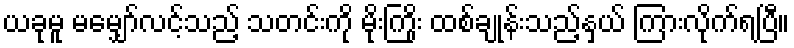
ယခုမူ မမျှော်လင့်သည့် သတင်းကို မိုးကြိုး ထစ်ချုန်းသည့်နှယ် ကြားလိုက်ရပြီ။